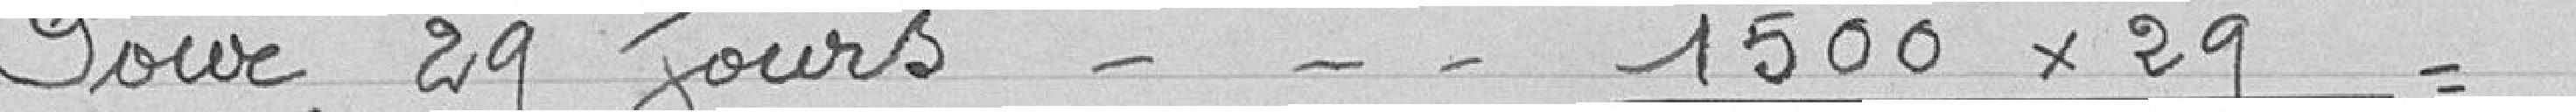
Pour 29 jours1500X29